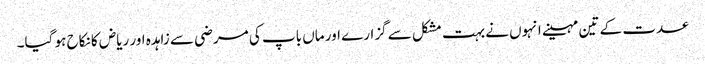
عدت کے تین مہینے انہوں نے بہت مشکل سے گزارے اور ماں باپ کی مرضی سے زاہدہ اور ریاض کا نکاح ہو گیا۔